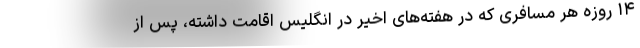
۱۴ روزه هر مسافری که در هفته‌های اخیر در انگلیس اقامت داشته، پس از